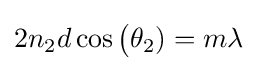
2n_{2}d\cos {\big (}\theta _{2})=m\lambda